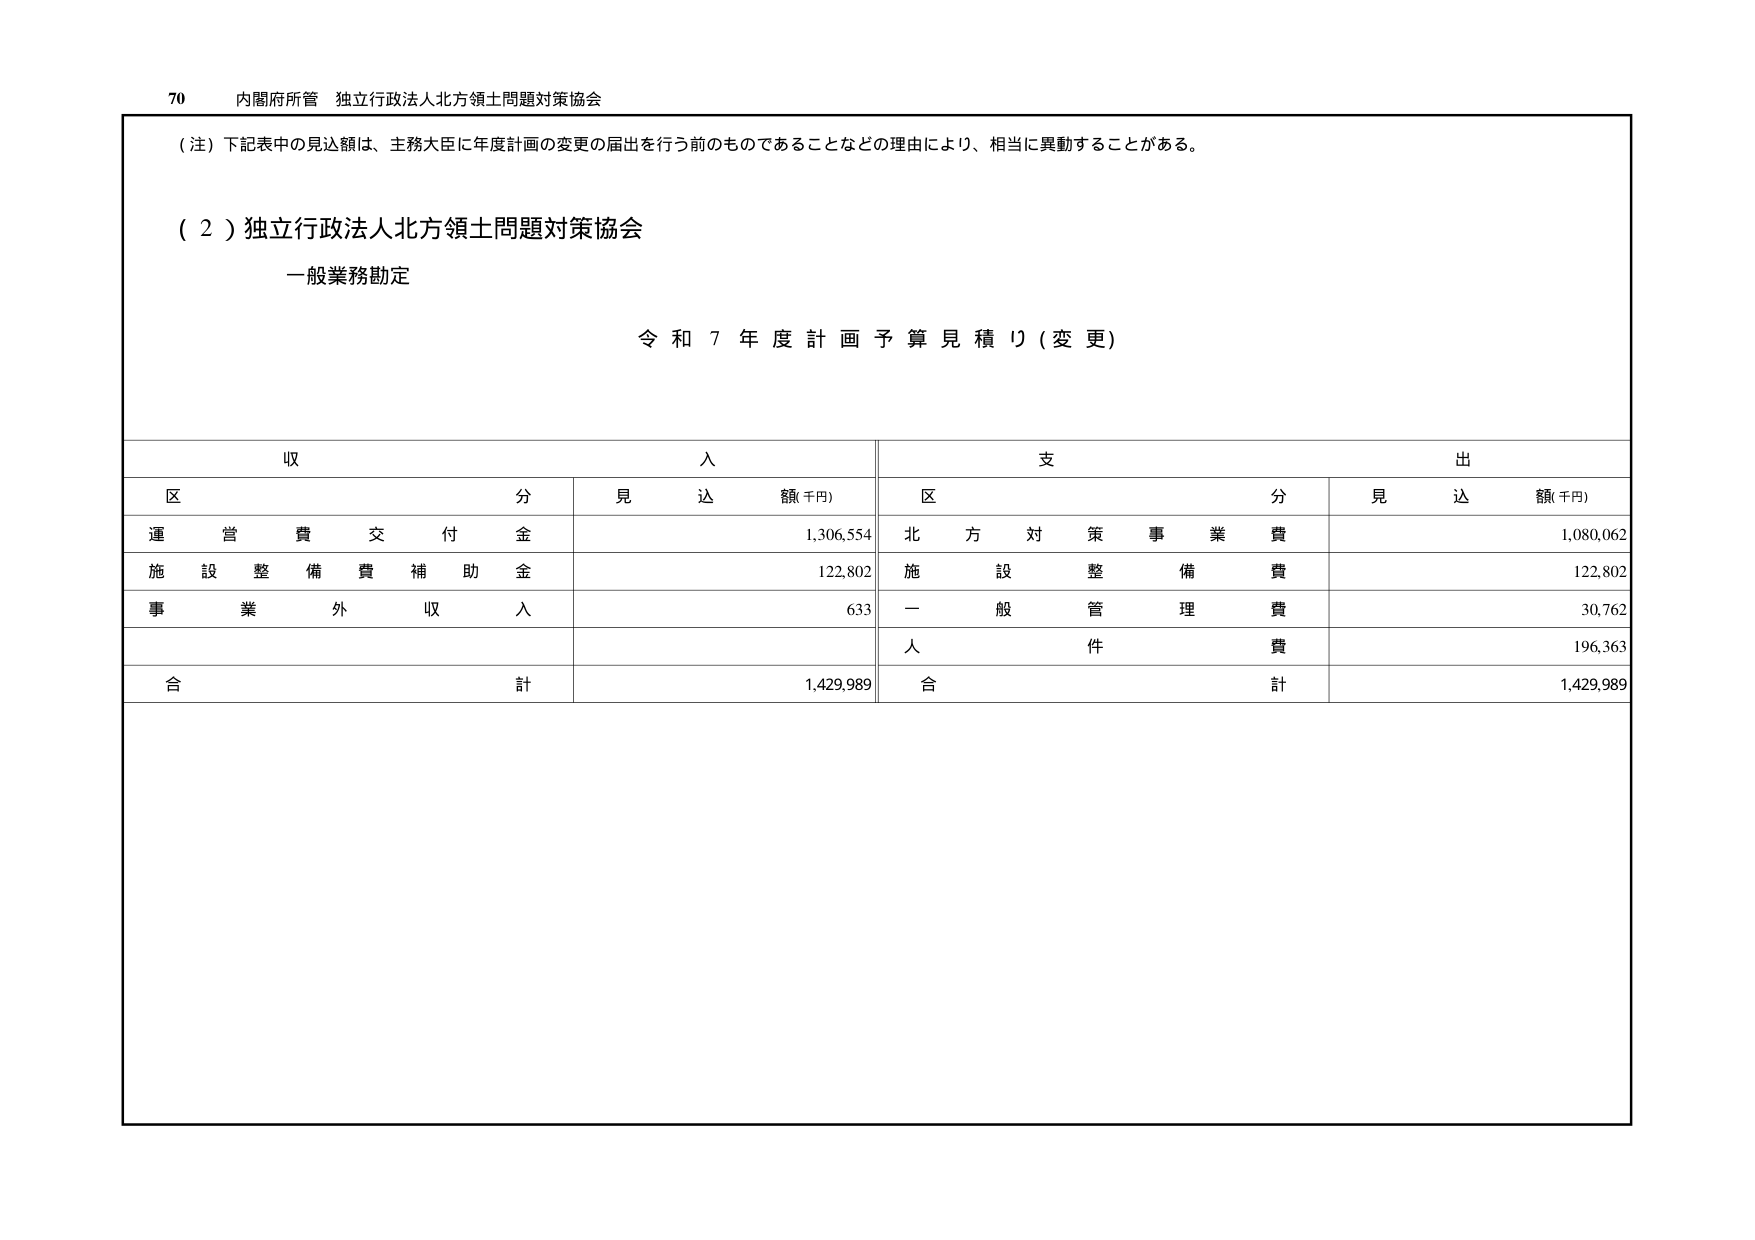
70 内閣府所管 独立行政法人北方領土問題対策協会

（注）下記表中の見込額は、主務大臣に年度計画の変更の届出を行う前のものであることなどの理由により、相当に異動することがある。

（２）独立行政法人北方領土問題対策協会
一般業務勘定

令和７年度計画予算見積り（変更）

収入
区 分 見込額(千円)
運営費交付金 1,306,554
施設整備費補助金 122,802
事業外収入 633
合計 1,429,989

支出
区 分 見込額(千円)
北方対策事業費 1,080,062
施設整備費 122,802
一般管理費 30,762
人件費 196,363
合計 1,429,989